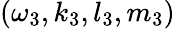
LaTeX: (\omega_{3},k_{3},l_{3},m_{3})